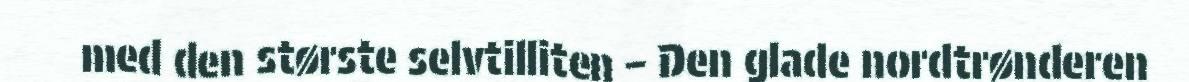
med den største selvtilliten – Den glade nordtrønderen